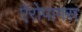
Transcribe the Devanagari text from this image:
ऐरोपागस